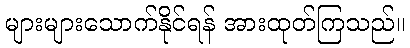
များများသောက်နိုင်ရန် အားထုတ်ကြသည်။